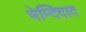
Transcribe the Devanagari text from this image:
भेम्दिदाद